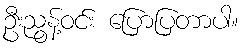
ဦးညွန့်ဝင်း ပြောပြတာပါ။